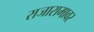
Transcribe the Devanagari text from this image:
राजारामावर